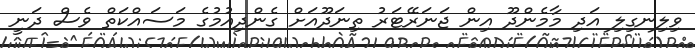
ވިލިނގިލި އަދި މާމެންދޫ އިން ޖަނަރޭޓަރު ތިނަދޫއަށް ގެންދިއުމުގެ މަސައްކަތް ވެސް ދަނީ